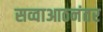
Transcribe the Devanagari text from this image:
सव्वाआठनंतर